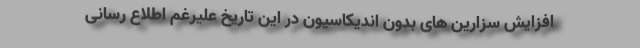
افزایش سزارین های بدون اندیکاسیون در این تاریخ علیرغم اطلاع رسانی